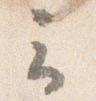
云